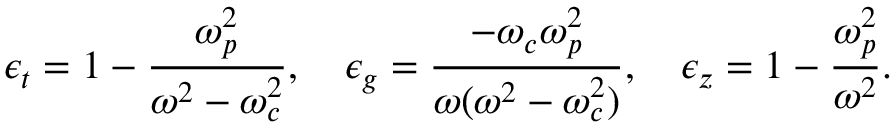
\epsilon _ { t } = 1 - \frac { \omega _ { p } ^ { 2 } } { \omega ^ { 2 } - \omega _ { c } ^ { 2 } } , \quad \epsilon _ { g } = \frac { - \omega _ { c } \omega _ { p } ^ { 2 } } { \omega ( \omega ^ { 2 } - \omega _ { c } ^ { 2 } ) } , \quad \epsilon _ { z } = 1 - \frac { \omega _ { p } ^ { 2 } } { \omega ^ { 2 } } .